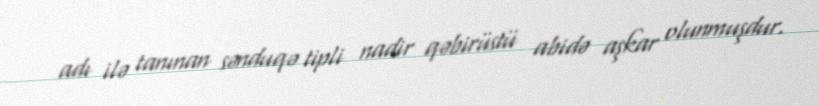
adı ilə tanınan sənduqə tipli nadir qəbirüstü abidə aşkar olunmuşdur.